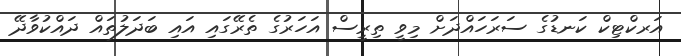
އަރކްޓިކް ކަނޑުގެ ސަރަހައްދަށް މިވީ ތިރީސް އަހަރުގެ ތެރޭގައި އައި ބަދަލުތައް ދައްކުވާދޭ